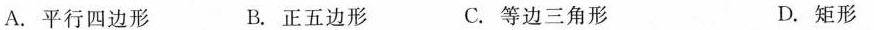
A.平行四边形 B.正五边形 C.等边三角形 D.矩形